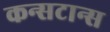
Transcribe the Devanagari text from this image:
कन्सटान्स